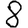
Digit: 8